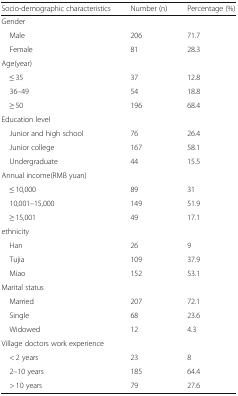
| Socio-demographic characteristics | Number (n) | Percentage (%) |
 | --- | --- | --- |
 | <COLSPAN=3> Gender |
 | Male | 206 | 71.7 |
 | Female | 81 | 28.3 |
 | <COLSPAN=3> Age(year) |
 | ≤ 35 | 37 | 12.8 |
 | 36–49 | 54 | 18.8 |
 | ≥ 50 | 196 | 68.4 |
 | <COLSPAN=3> Education level |
 | Junior and high school | 76 | 26.4 |
 | Junior college | 167 | 58.1 |
 | Undergraduate | 44 | 15.5 |
 | <COLSPAN=3> Annual income(RMB yuan) |
 | ≤ 10,000 | 89 | 31 |
 | 10,001–15,000 | 149 | 51.9 |
 | ≥ 15,001 | 49 | 17.1 |
 | ethnicity |  |  |
 | Han | 26 | 9 |
 | Tujia | 109 | 37.9 |
 | Miao | 152 | 53.1 |
 | <COLSPAN=3> Marital status |
 | Married | 207 | 72.1 |
 | Single | 68 | 23.6 |
 | Widowed | 12 | 4.3 |
 | <COLSPAN=3> Village doctors work experience |
 | < 2 years | 23 | 8 |
 | 2–10 years | 185 | 64.4 |
 | > 10 years | 79 | 27.6 |